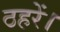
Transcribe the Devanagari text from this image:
ठहरें।